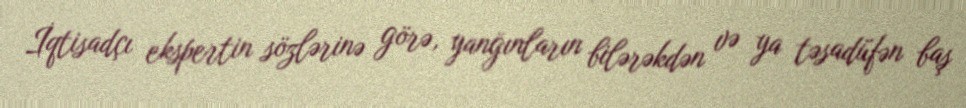
İqtisadçı ekspertin sözlərinə görə, yanğınların bilərəkdən və ya təsadüfən baş